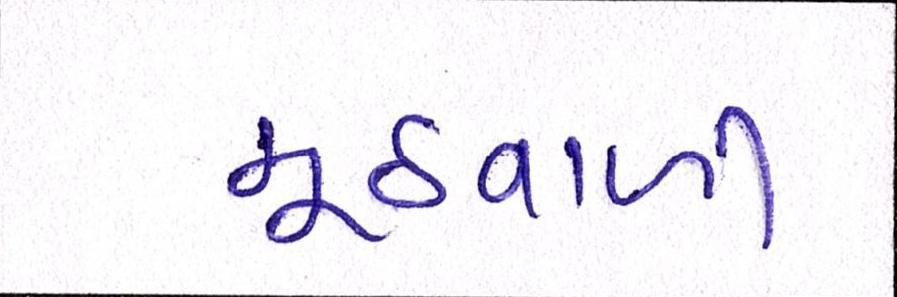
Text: મૂઠવાળી